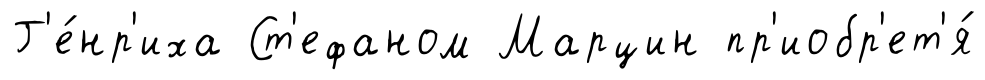
Г'е́нр'иха Ст'ефаном Марцин пр'иобр'ет'я́